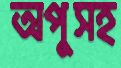
অপুসহ